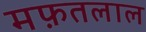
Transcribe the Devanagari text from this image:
मफ़तलाल